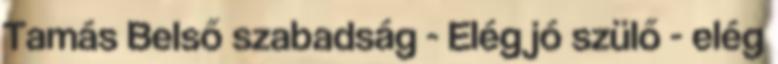
Tamás Belső szabadság - Elég jó szülő - elég